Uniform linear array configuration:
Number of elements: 24
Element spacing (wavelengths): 0.5
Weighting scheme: uniform
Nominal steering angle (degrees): -45
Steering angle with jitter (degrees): -45.484
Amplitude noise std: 0.05
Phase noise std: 0.05

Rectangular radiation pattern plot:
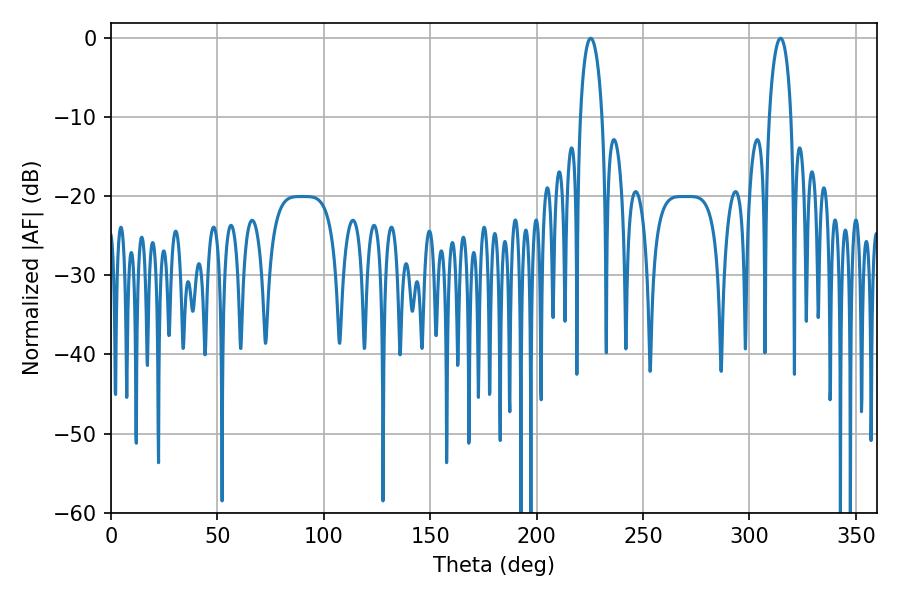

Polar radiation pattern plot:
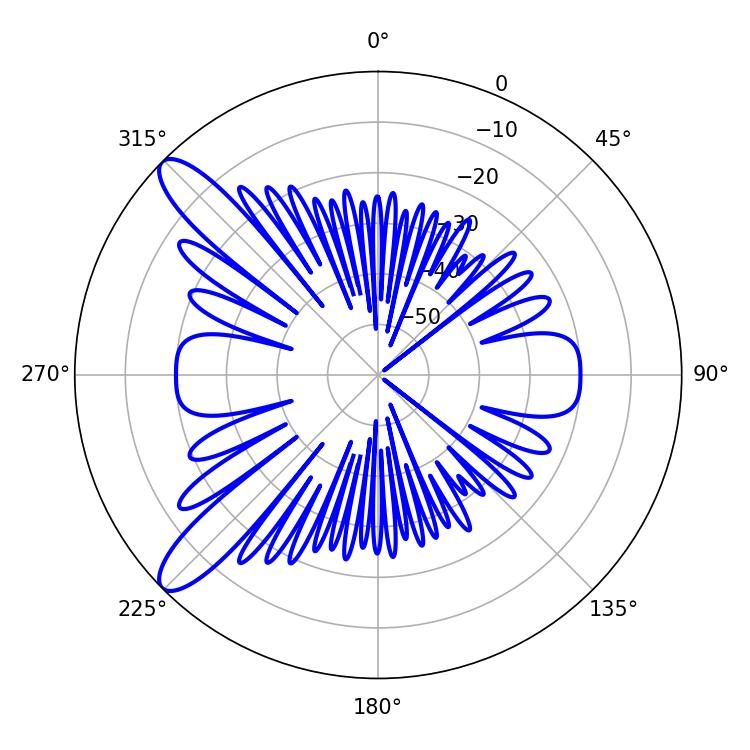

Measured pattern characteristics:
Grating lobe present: FALSE
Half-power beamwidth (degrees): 5.94
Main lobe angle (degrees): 225.36